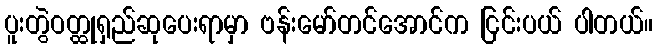
ပူးတွဲဝတ္ထုရှည်ဆုပေးရာမှာ ဗန်းမော်တင်အောင်က ငြင်းပယ် ပါတယ်။